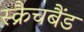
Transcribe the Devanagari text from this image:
स्क्रैचबैंड